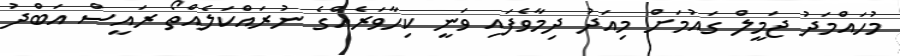
މުހައްމަދު ޖަމީލް ގައުމަށް މިއަދު ދިމާވެފައި ވަނީ ކިހާވަރެއްގެ ނުރައްކަލެއްތޯ ރައީސް އަބްދު